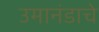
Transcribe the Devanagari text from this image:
उमानंडाचे